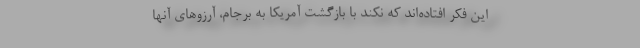
این فکر افتاده‌اند که نکند با بازگشت آمریکا به برجام، آرزوهای آنها